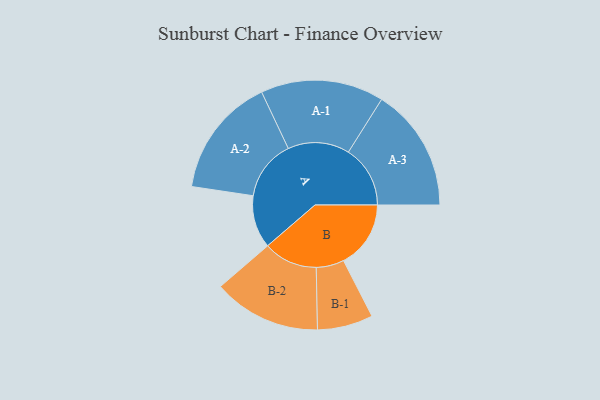
{"axis": {"x": "Segment", "y": "Value"}, "legend": ["", "A", "B"], "data": [{"x": "A", "y": 214, "type": ""}, {"x": "B", "y": 273, "type": ""}, {"x": "A-1", "y": 250, "type": "A"}, {"x": "A-2", "y": 244, "type": "A"}, {"x": "A-3", "y": 251, "type": "A"}, {"x": "B-1", "y": 113, "type": "B"}, {"x": "B-2", "y": 219, "type": "B"}]}